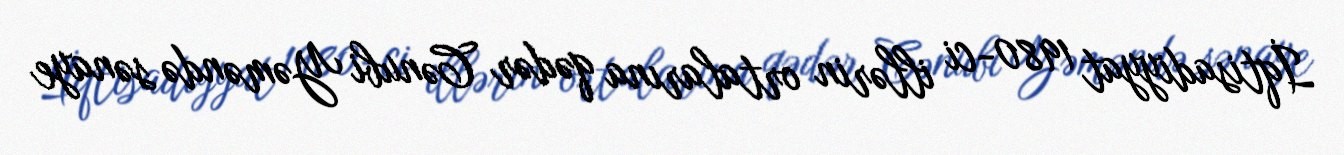
İqtisadiyyat 1980-ci illərin ortalarına qədər Cənubi Yəməndə sənaye